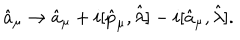
\hat { a } _ { \mu } \rightarrow \hat { a } _ { \mu } + i [ \hat { p } _ { \mu } , \hat { \lambda } ] - i [ \hat { a } _ { \mu } , \hat { \lambda } ] .